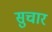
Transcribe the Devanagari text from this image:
सुचार